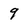
Character: 9